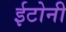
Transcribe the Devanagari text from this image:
ईटोनी